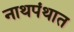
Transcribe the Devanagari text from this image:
नाथपंथात